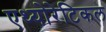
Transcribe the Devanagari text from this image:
एथ्योरेटिकल